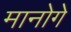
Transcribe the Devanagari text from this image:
मानोगे